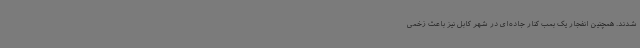
شدند. همچنین انفجار یک بمب کنار جاده‌ای در شهر کابل نیز باعث زخمی